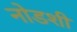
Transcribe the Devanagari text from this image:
नोडशी